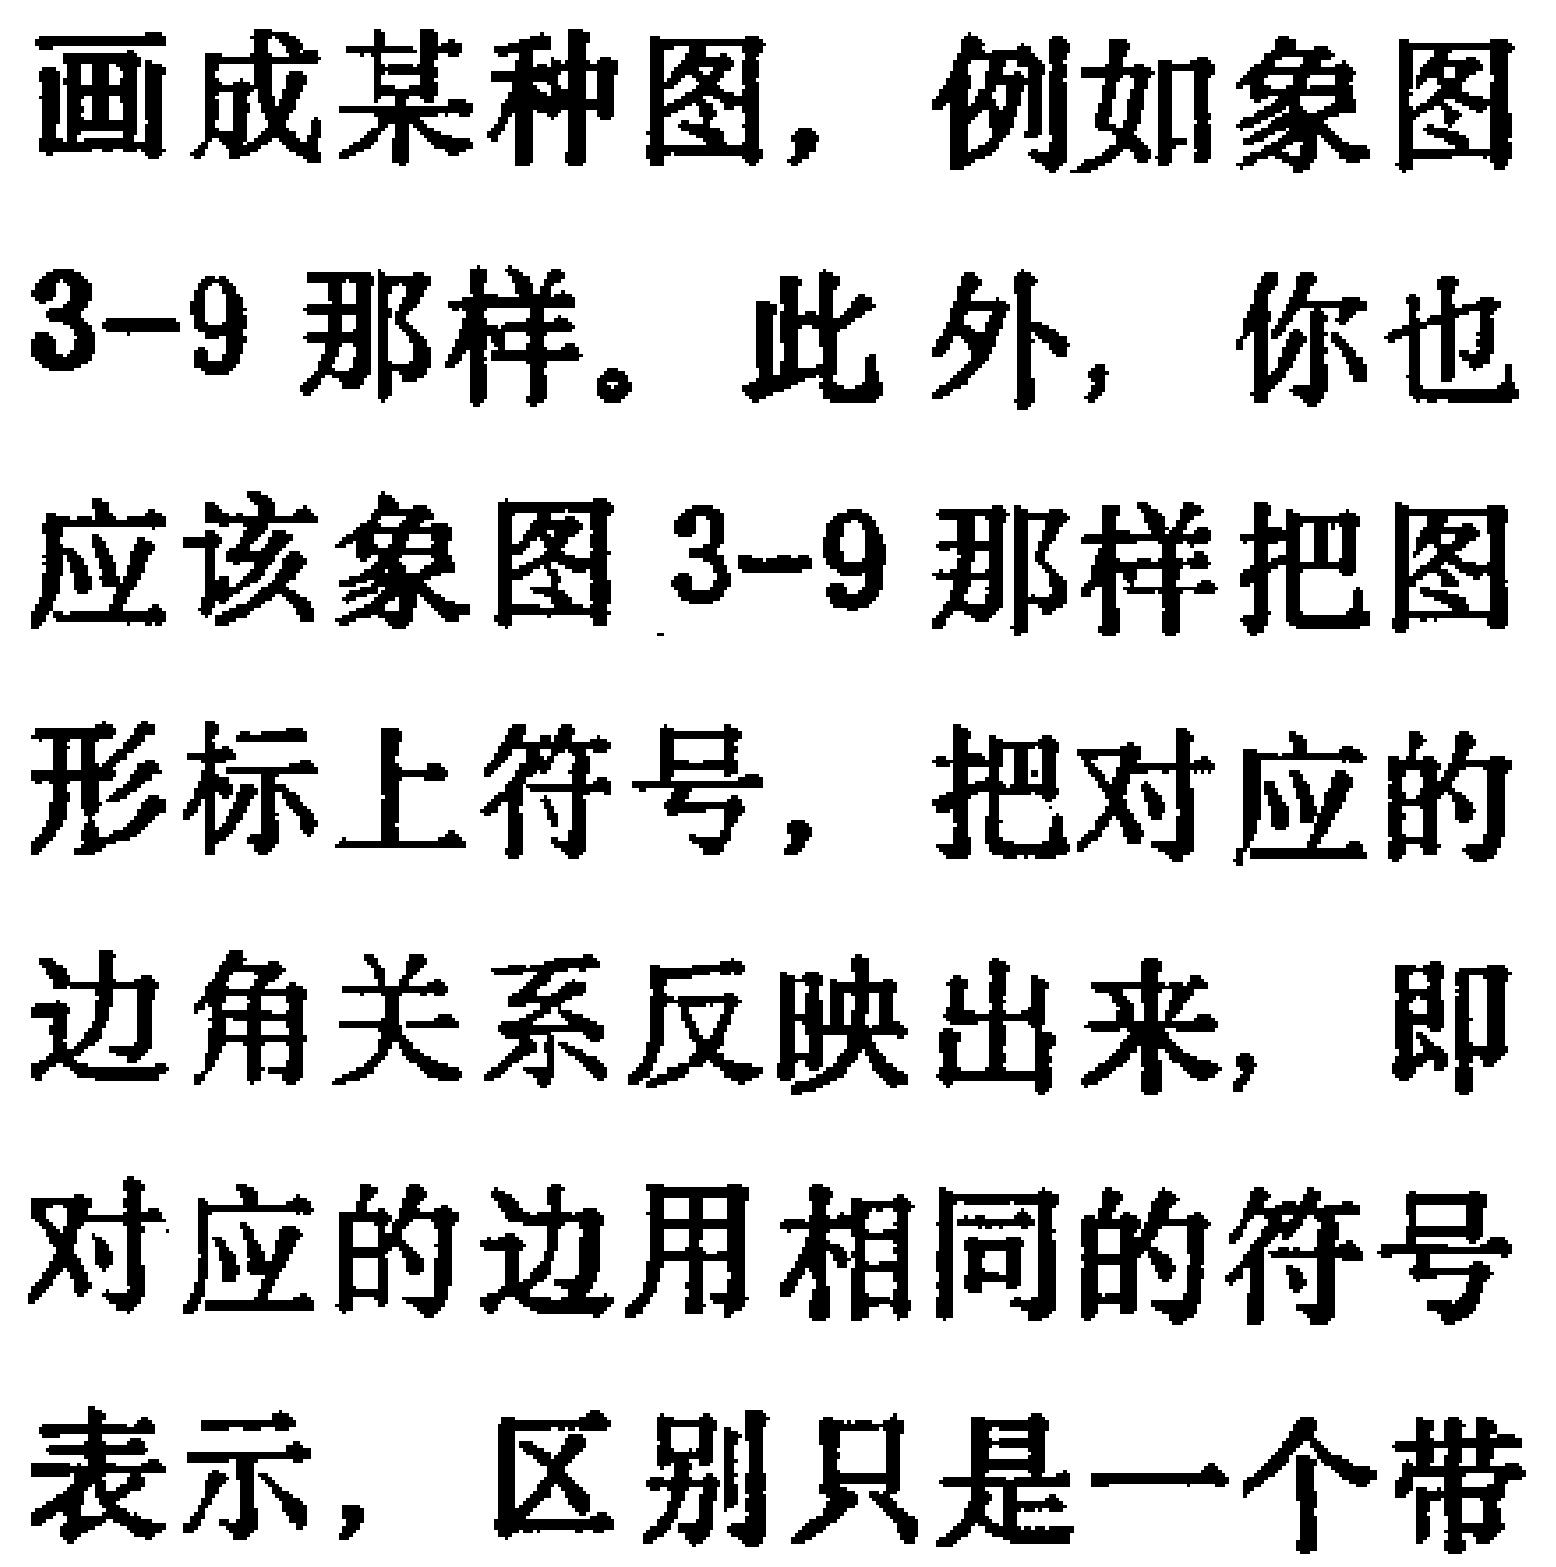
画成某种图，例如象图3 - 9那样。此外，你也应该象图3 - 9那样把图形标上符号，把对应的边角关系反映出来，即对应的边用相同的符号表示，区别只是一个带